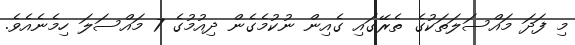
މި ފަދަ މައްސަލަތަކުގެ ތެރޭގައި ގެއިން ނުކުމެގެން ދިއުމުގެ 7 މައްސަލަ ހިމެނެއެވެ.